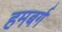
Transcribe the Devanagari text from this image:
हमबर्ग